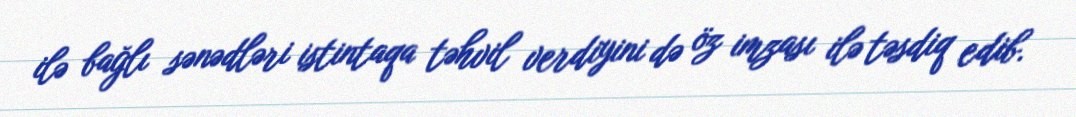
ilə bağlı sənədləri istintaqa təhvil verdiyini də öz imzası ilə təsdiq edib.